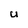
Character: U